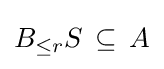
B_{\leq r}S\,\subseteq \,A